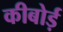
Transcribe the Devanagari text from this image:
कीबोर्ड़